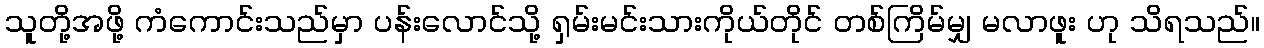
သူတို့အဖို့ ကံကောင်းသည်မှာ ပန်းလောင်သို့ ရှမ်းမင်းသားကိုယ်တိုင် တစ်ကြိမ်မျှ မလာဖူး ဟု သိရသည်။